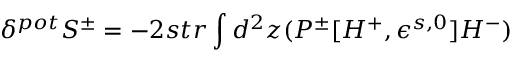
\delta ^ { p o t } S ^ { \pm } = - 2 s t r \int d ^ { 2 } z ( P ^ { \pm } [ H ^ { + } , \epsilon ^ { s , 0 } ] H ^ { - } )